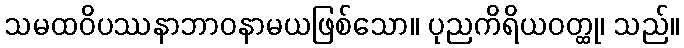
သမထဝိပဿနာဘာဝနာမယဖြစ်သော။ ပုညကိရိယဝတ္ထု၊ သည်။